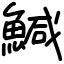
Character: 鰔